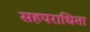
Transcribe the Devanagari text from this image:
सहपराधिता